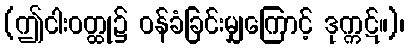
(ဤငါးဝတ္ထု၌ ဝန်ခံခြင်းမျှကြောင့် ဒုက္ကဋ်။)၊